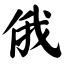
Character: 俄